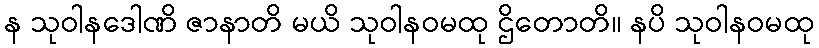
န သုဝါနဒေါဏိ ဇာနာတိ မယိ သုဝါနဝမထု ဌိတောတိ။ နပိ သုဝါနဝမထု